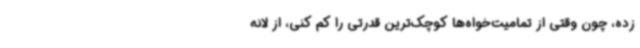
زده، چون وقتی از تمامیت‌خواه‌ها کوچک‌ترین قدرتی را کم کنی، از لانه